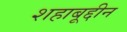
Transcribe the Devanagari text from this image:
शहाबूद्दीन